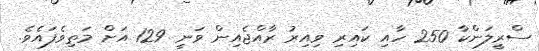
ސްރީލަންކާ 250 ހާއި ކައިރި ވިއިރު ރާއްޖެއިން ވަނީ 129 އަށް މަތިވެފައެވެ.